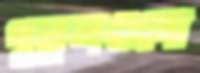
পুতুলগুলো